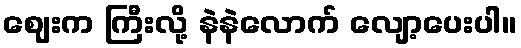
ဈေးက ကြီးလို့ နဲနဲလောက် လျော့ပေးပါ။